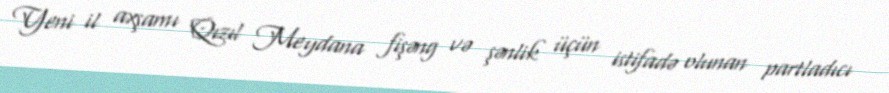
Yeni il axşamı Qızıl Meydana fişəng və şənlik üçün istifadə olunan partladıcı